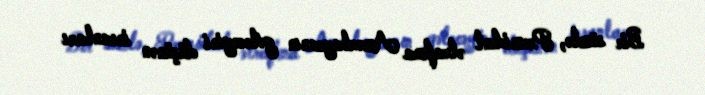
Bir sözlə, Prezident ətrafına Azərbaycanın gələcəyini düşünən insanları